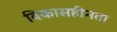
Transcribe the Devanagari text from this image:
विकासहीनता